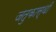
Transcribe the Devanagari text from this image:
जतुकास्थी